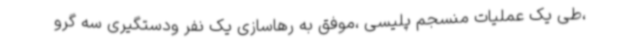
،طی یک عملیات منسجم پلیسی ،موفق به رهاسازی یک نفر ودستگیری سه گرو